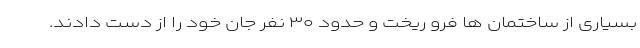
بسیاری از ساختمان ها فرو ریخت و حدود ۳۰ نفر جان خود را از دست دادند.